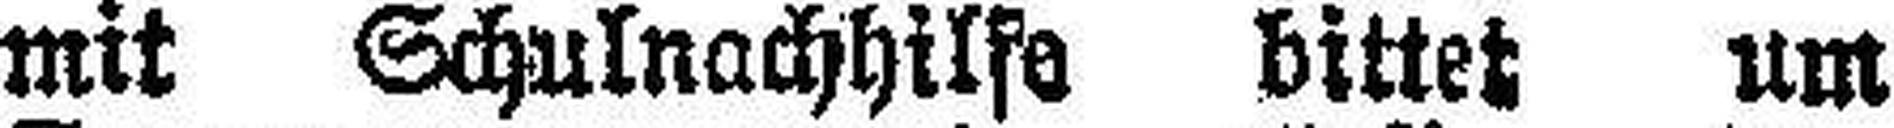
mit Schulnachhilfe bittet um